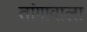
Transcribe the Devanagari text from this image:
तांगावाला